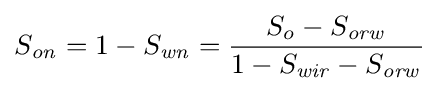
S_{\mathit {on}}=1-S_{\mathit {wn}}={\frac {S_{o}-S_{\mathit {orw}}}{1-S_{\mathit {wir}}-S_{\mathit {orw}}}}